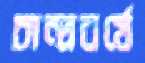
চান্দ্রবর্ষে